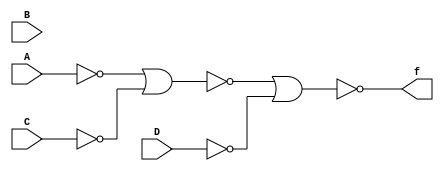
module q4(A,B,C,D,f);
input A,B,C,D;
output f;
assign f=~(~(~(A|A)|~(C|C))|~(D|D));
endmodule